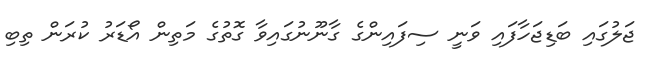
ޖަލުގައި ބަޑިޖަހާފައި ވަނީ ސިފައިންގެ ގާނޫނުގައިވާ ގޮތުގެ މަތިން އޯޑަރު ކުރަން ތިބި